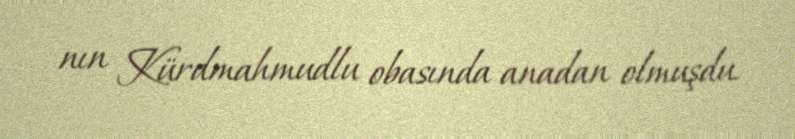
nın Kürdmahmudlu obasında anadan olmuşdu.